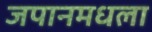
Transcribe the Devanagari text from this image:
जपानमधला